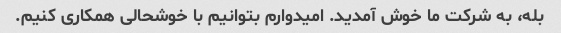
بله، به شرکت ما خوش آمدید. امیدوارم بتوانیم با خوشحالی همکاری کنیم.